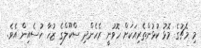
މި މެޗުގެ މޮޅު ކުޅުންތެރިއަކަށް ހޮވުނީ ރެެހެންދި ސްކޫލްގެ ޒުހާ ހުސެއިން އެވެ.